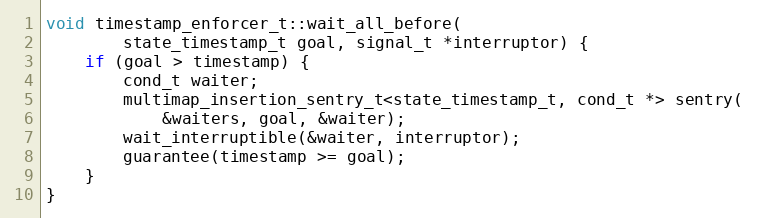
Language: C++
void timestamp_enforcer_t::wait_all_before(
        state_timestamp_t goal, signal_t *interruptor) {
    if (goal > timestamp) {
        cond_t waiter;
        multimap_insertion_sentry_t<state_timestamp_t, cond_t *> sentry(
            &waiters, goal, &waiter);
        wait_interruptible(&waiter, interruptor);
        guarantee(timestamp >= goal);
    }
}